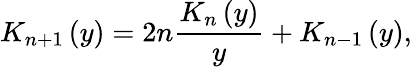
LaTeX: K_{n+1}\left(y\right)=2n\frac{K_{n}\left(y\right)}{y}+K_{n-1}\left(y\right),